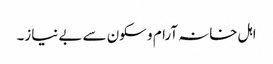
اہل خانہ آرام و سکون سے بے نیاز۔